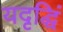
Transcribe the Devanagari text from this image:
यदृद्धिं